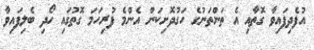
އުފެދިފައިވާ ގޮތާއި އެ ތަންތަނުގެ ހަގުދޮށިކަން އެންމެ ފުރިހަމަ ގޮތުގައި ހޯދި ބެލިފައިވާ